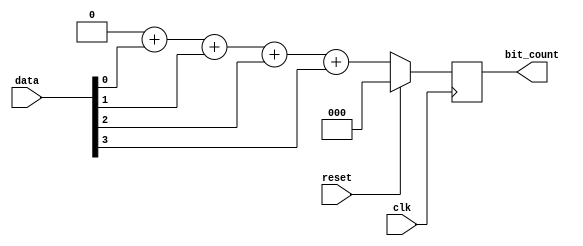
module count_ones_a (bit_count, data, clk, reset);
  parameter 				data_width = 4;
  parameter 				count_width = 3;
  output 		[count_width-1:0] 		bit_count;
  input 		[data_width-1:0] 		data;
  input 					clk, reset;
  reg 		[count_width-1:0] 		count, bit_count, index;
  reg 		[data_width-1:0] 		temp;
	
  always @ (posedge clk)
    if (reset) begin count = 0; bit_count = 0; end
    else begin
      count = 0;
      bit_count = 0;
      temp = data;
      for (index = 0; index < data_width; index = index + 1) begin
        count = count + temp[0];
        temp = temp >> 1;
      end
      bit_count = count; 
    end
endmodule